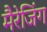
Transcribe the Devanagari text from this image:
मैरेजिंग